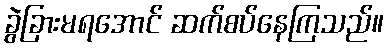
ခွဲခြားမရအောင် ဆက်စပ်နေကြသည်။